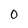
Character: 0